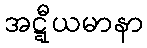
အဋ္ဋီယမာနာ